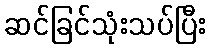
ဆင်ခြင်သုံးသပ်ပြီး